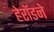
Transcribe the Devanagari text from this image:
हेरॉडने